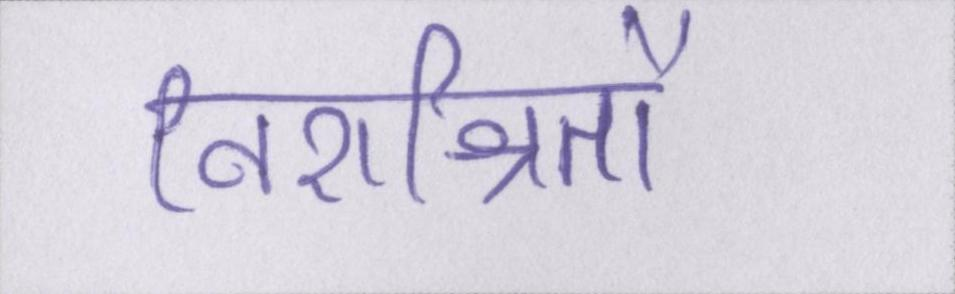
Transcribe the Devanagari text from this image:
निराश्रितों